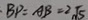
\cdot B P = A B = 2 \sqrt { 5 }